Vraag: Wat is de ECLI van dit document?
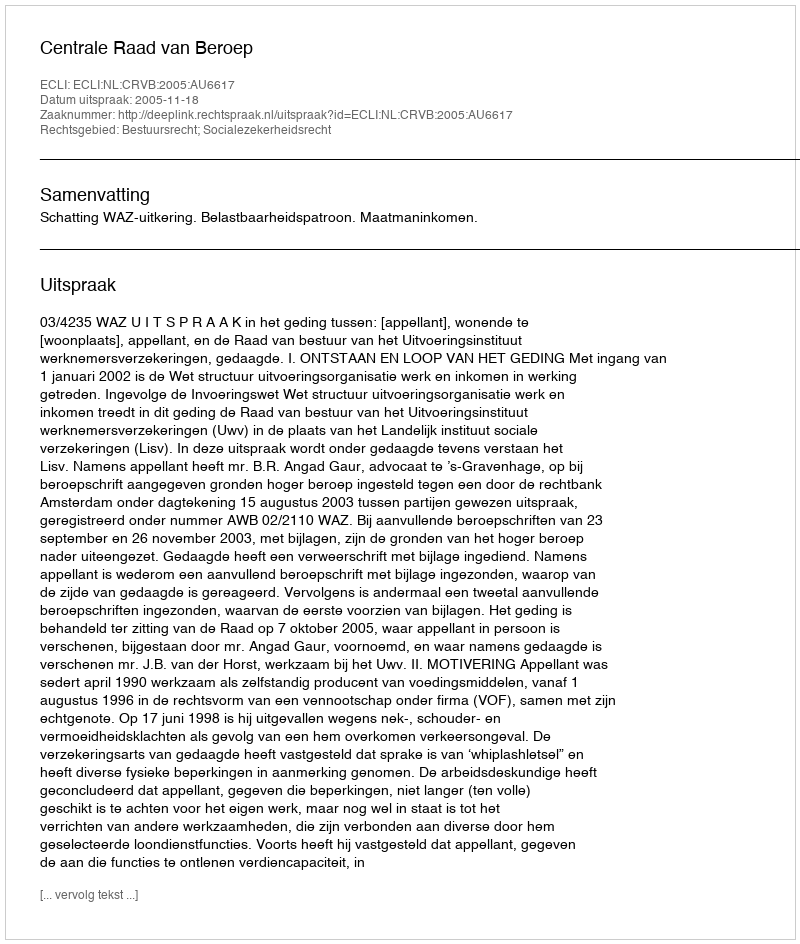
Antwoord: ECLI:NL:CRVB:2005:AU6617